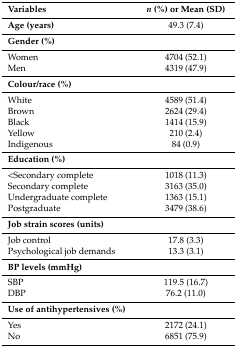
<table><thead><tr><td><b>Variables</b></td><td><b><i>n</i> (%) or Mean (SD)</b></td></tr></thead><tbody><tr><td><b>Age (years)</b></td><td>49.3 (7.4)</td></tr><tr><td><b>Gender (%)</b></td><td></td></tr><tr><td>Women</td><td>4704 (52.1)</td></tr><tr><td>Men</td><td>4319 (47.9)</td></tr><tr><td><b>Colour/race (%)</b></td><td></td></tr><tr><td>White</td><td>4589 (51.4)</td></tr><tr><td>Brown</td><td>2624 (29.4)</td></tr><tr><td>Black</td><td>1414 (15.9)</td></tr><tr><td>Yellow</td><td>210 (2.4)</td></tr><tr><td>Indigenous</td><td>84 (0.9)</td></tr><tr><td><b>Education (%)</b></td><td></td></tr><tr><td>&lt;Secondary complete</td><td>1018 (11.3)</td></tr><tr><td>Secondary complete</td><td>3163 (35.0)</td></tr><tr><td>Undergraduate complete</td><td>1363 (15.1)</td></tr><tr><td>Postgraduate</td><td>3479 (38.6)</td></tr><tr><td><b>Job strain scores (units)</b></td><td></td></tr><tr><td>Job control</td><td>17.8 (3.3)</td></tr><tr><td>Psychological job demands</td><td>13.3 (3.1)</td></tr><tr><td><b>BP levels (mmHg)</b></td><td></td></tr><tr><td>SBP</td><td>119.5 (16.7)</td></tr><tr><td>DBP</td><td>76.2 (11.0)</td></tr><tr><td><b>Use of antihypertensives (%)</b></td><td></td></tr><tr><td>Yes</td><td>2172 (24.1)</td></tr><tr><td>No</td><td>6851 (75.9)</td></tr></tbody></table>